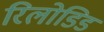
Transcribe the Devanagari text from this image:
रिलोडिड